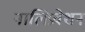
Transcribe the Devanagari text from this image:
नालिप्रवेशन